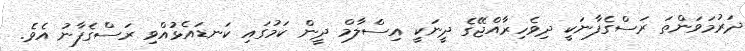
ދަރުމަވަންތަ ރަސްގެފާނަކީ ދިވެހިރާއްޖޭގެ ދީނަކީ އިސްލާމް ދީން ކަމުގައި ކަނޑައެޅުއްވި ރަސްގެފާނު އެވެ.